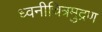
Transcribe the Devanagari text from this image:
ध्वनीचित्रमुद्रण